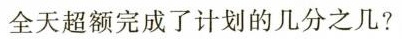
全天超额完成了计划的几分之几?